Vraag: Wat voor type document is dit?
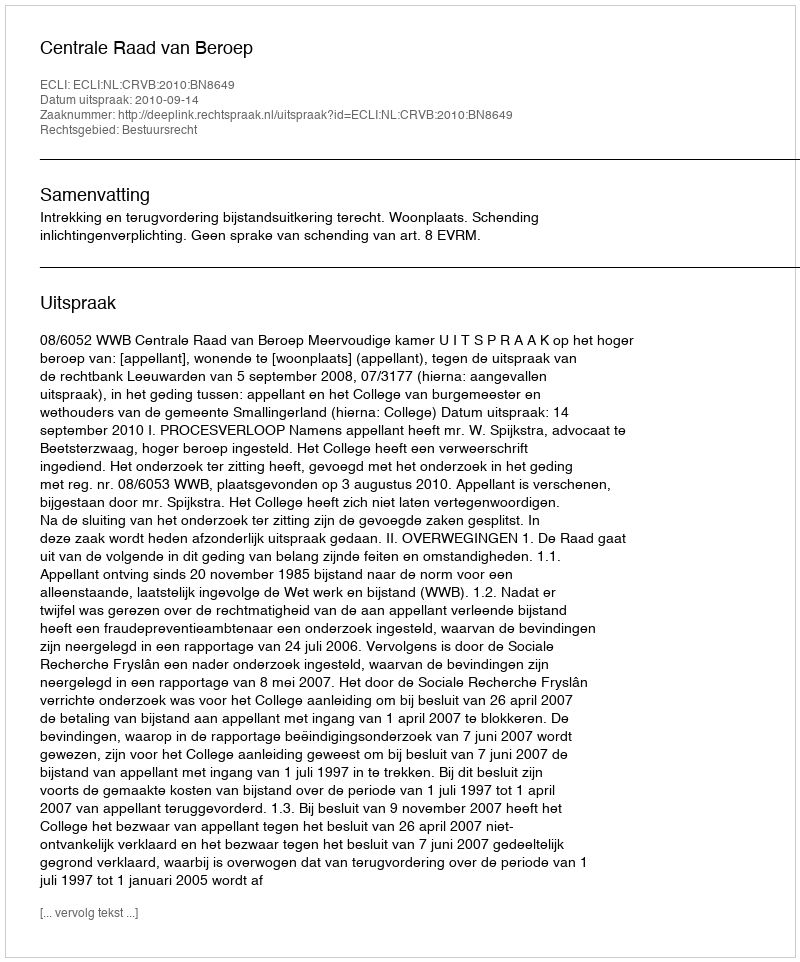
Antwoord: Uitspraak